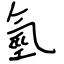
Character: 氫